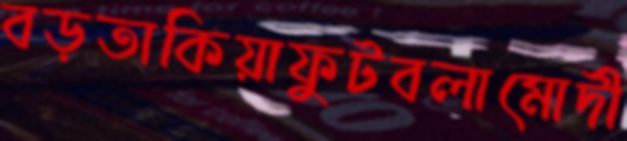
বড়তাকিয়াফুটবলামোদী